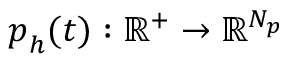
\boldsymbol { p } _ { h } ( t ) : \mathbb { R } ^ { + } \rightarrow \mathbb { R } ^ { N _ { p } }